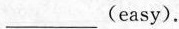
___ (easy).